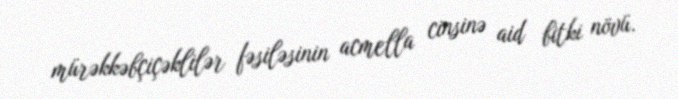
mürəkkəbçiçəklilər fəsiləsinin acmella cinsinə aid bitki növü.